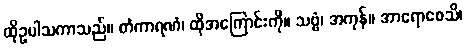
ထိုဥပါသကာသည်။ တံကာရဏံ၊ ထိုအကြောင်းကို။ သဗ္ဗံ၊ အကုန်။ အာရောစေသိ၊